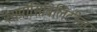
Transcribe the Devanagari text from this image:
रेसपोंसिबिलिटीज